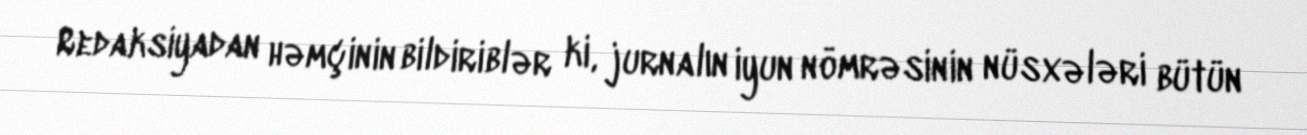
Redaksiyadan həmçinin bildiriblər ki, jurnalın iyun nömrəsinin nüsxələri bütün